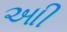
આી